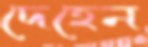
দেহেন